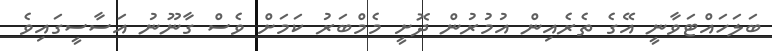
ބަލަހައްޓަވާނީ އޭގެ ތެރެއިން އުމުރުން ދޮށީ މެމްބަރު ކަމަށް ވެސް ގާނޫނު އަސާސީގައިވެ